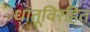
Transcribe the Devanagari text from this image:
धातूविरहित